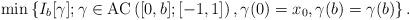
LaTeX: \begin{align*} \min \left\{ I_b [\gamma] ; \gamma \in \mathrm{AC}\left([0, b]; [-1,1]\right) , \gamma(0) = x_0, \gamma(b) =\gamma(b) \right\}.\end{align*}